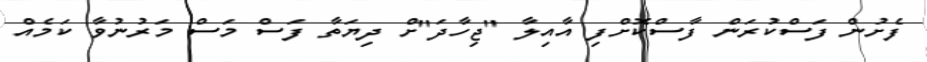
ފެށުން ފަސްކުރަން ފާސްކޮށްފި އާއިލާ "ޖިހާދަ"ށް ދިޔަތާ ފަސް މަސް މަރުނުވާ ކަމެއް